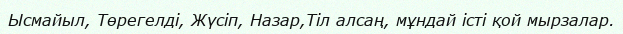
Ысмайыл, Төрегелді, Жүсіп, Назар,Тіл алсаң, мұндай істі қой мырзалар.